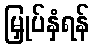
မြှုပ်နှံရန်